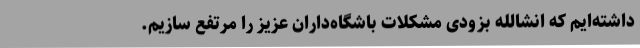
داشته‌ایم که انشالله بزودی مشکلات باشگاه‌داران عزیز را مرتفع سازیم.